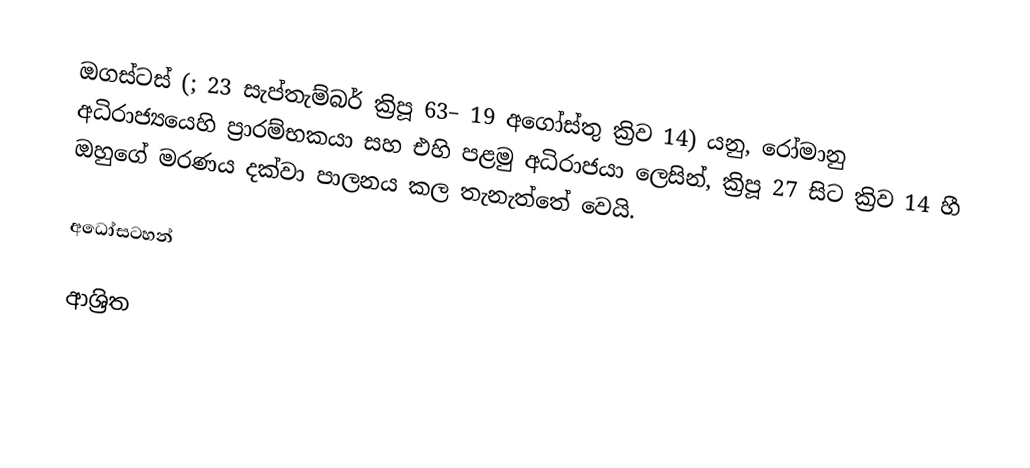
ඔගස්ටස් (; 23 සැප්තැම්බර්  ක්‍රිපූ 63– 19 අගෝස්තු ක්‍රිව 14) යනු,  රෝමානු අධිරාජ්‍යයෙහි ප්‍රාරම්භකයා සහ එහි පළමු අධිරාජයා ලෙසින්, ක්‍රිපූ 27 සිට  ක්‍රිව 14 හී ඔහුගේ මරණය දක්වා පාලනය කල තැනැත්තේ වෙයි.

අධෝසටහන්

ආශ්‍රිත